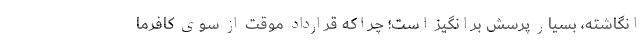
انگاشته، بسیار پرسش برانگیز است؛ چراکه قرارداد موقت از سوی کافرما